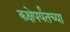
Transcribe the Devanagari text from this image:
कक्षेपर्यंतच्या